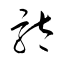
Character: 駄